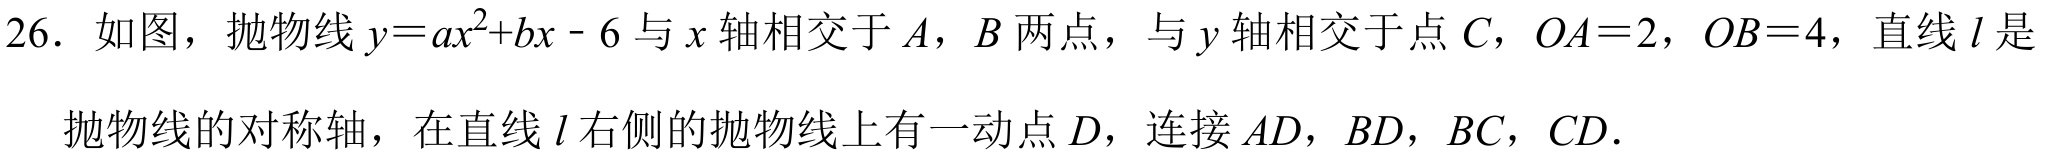
26. 如图，抛物线\(y = ax^{2}+bx - 6\)与\(x\)轴相交于\(A\)，\(B\)两点，与\(y\)轴相交于点\(C\)，\(OA = 2\)，\(OB = 4\)，直线\(l\)是抛物线的对称轴，在直线\(l\)右侧的抛物线上有一动点\(D\)，连接\(AD\)，\(BD\)，\(BC\)，\(CD\)．